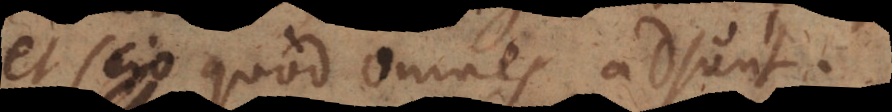
et scio quod omnes adsunt.